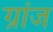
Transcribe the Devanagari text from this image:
ग्रांज